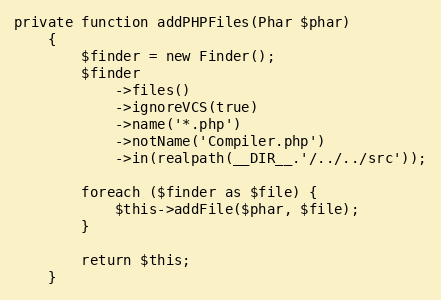
Language: PHP
private function addPHPFiles(Phar $phar)
    {
        $finder = new Finder();
        $finder
            ->files()
            ->ignoreVCS(true)
            ->name('*.php')
            ->notName('Compiler.php')
            ->in(realpath(__DIR__.'/../../src'));

        foreach ($finder as $file) {
            $this->addFile($phar, $file);
        }

        return $this;
    }